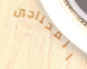
المحتاجين